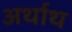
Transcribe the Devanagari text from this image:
अर्थाथ